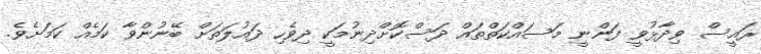
ރައީސް ވިދާޅުވީ ފަންނީ މަސައްކަތްތައް ދަސްކޮށްދިނުމަކީ ދިވެހި ދައުލަތަށް ބޭނުންވާ ކަމެއް ކަމަށެވެ.